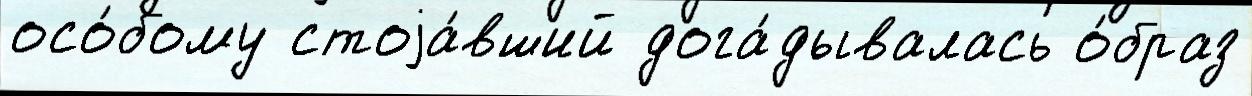
осо́бому стоjа́вший дога́дывалась о́браз